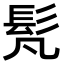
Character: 𩫼